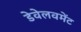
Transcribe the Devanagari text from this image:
डेवेलवमेंट